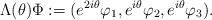
LaTeX: \begin{align*}\Lambda (\theta)\Phi:=(e^{2i\theta}\varphi_1, e^{i\theta}\varphi_2, e^{i\theta}\varphi_3). \end{align*}